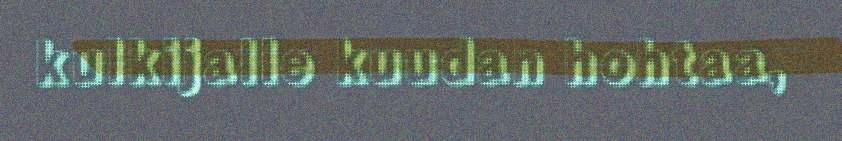
kulkijalle kuudan hohtaa,